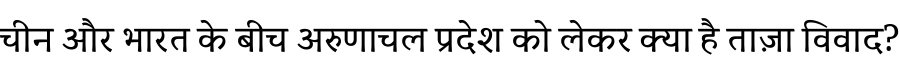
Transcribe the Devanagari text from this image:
चीन और भारत के बीच अरुणाचल प्रदेश को लेकर क्या है ताज़ा विवाद?